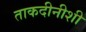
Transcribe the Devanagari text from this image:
ताकदीनीशी